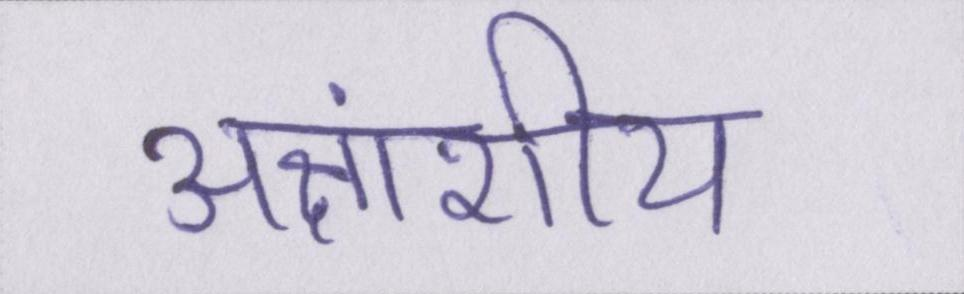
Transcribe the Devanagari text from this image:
अक्षांशीय